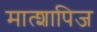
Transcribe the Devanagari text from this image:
मात्शापिज